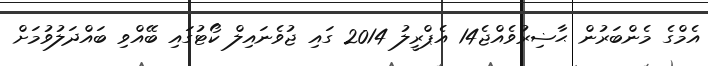
އެމްގެ މެންބަރުން ޙާޟިރުވެއްޖެ14 އެޕްރީލު 2014 ގައި ޖުވެނައިލް ކޯޓުގައި ބޭއްވި ބައްދަލުވުމަށް